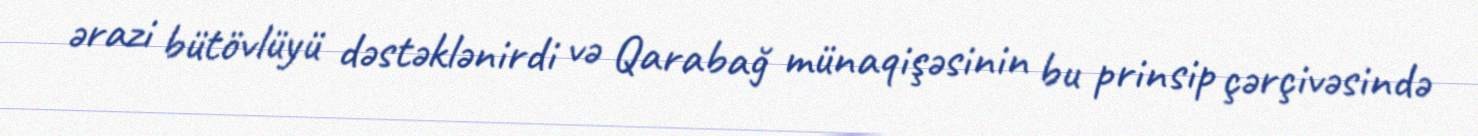
ərazi bütövlüyü dəstəklənirdi və Qarabağ münaqişəsinin bu prinsip çərçivəsində